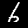
Label: 6